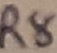
Text: R8